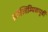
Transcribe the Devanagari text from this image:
ऑलिम्पिकपूर्वी